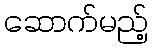
ဆောက်မည့်